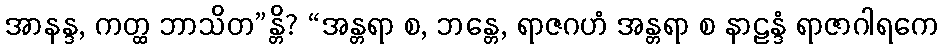
အာနန္ဒ, ကတ္ထ ဘာသိတ”န္တိ? “အန္တရာ စ, ဘန္တေ, ရာဇဂဟံ အန္တရာ စ နာဠန္ဒံ ရာဇာဂါရကေ